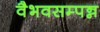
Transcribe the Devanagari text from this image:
वैभवसम्पन्न